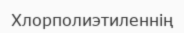
Хлорполиэтиленнің